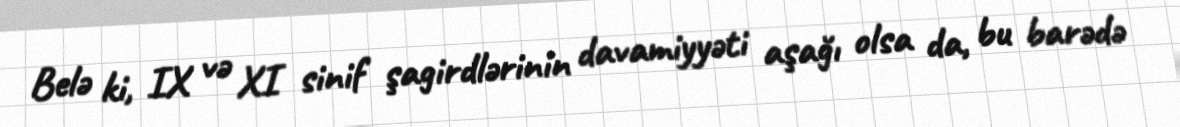
Belə ki, IX və XI sinif şagirdlərinin davamiyyəti aşağı olsa da, bu barədə